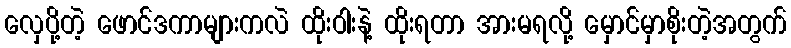
လှေပို့တဲ့ ဖောင်ဒကာများကလဲ ထိုးဝါးနဲ့ ထိုးရတာ အားမရလို့ မှောင်မှာစိုးတဲ့အတွက်